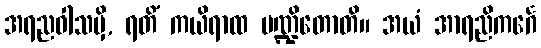
အရညဝါသမှိ, ရတိံ ကယိရာထ ပဏ္ဍိတောတိ။ အယံ အာရညိကင်္ဂေ